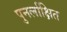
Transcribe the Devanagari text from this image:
पुनर्लाक्षित